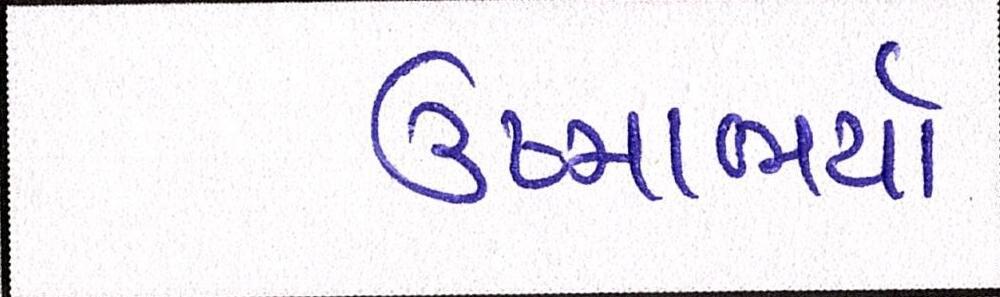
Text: ઉષ્માભર્યાં